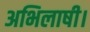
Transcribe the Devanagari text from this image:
अभिलाषी।